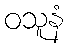
ဝသူနံ